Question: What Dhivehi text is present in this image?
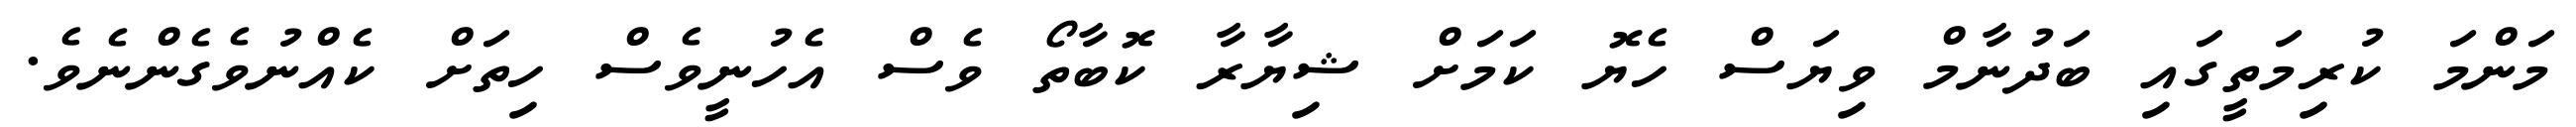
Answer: މަންމަ ކުރިމަތީގައި ބަދުނާމް ވިޔަސް ހެޔޮ ކަމަށް ޝިޔާރާ ކޮބާތޯ ވެސް އެހުނީވެސް ހިތަށް ކެއްނުވެގެންނެވެ.